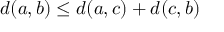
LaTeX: d ( a , b ) \leq d ( a , c ) + d ( c , b )